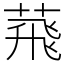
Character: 𦴧